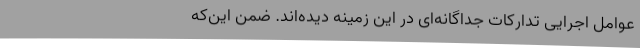
عوامل اجرایی تدارکات جداگانه‌ای در این زمینه دیده‌اند. ضمن این‌که